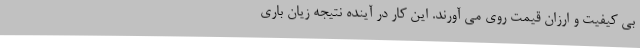
بی کیفیت و ارزان قیمت روی می آورند. این کار در آینده نتیجه زیان باری